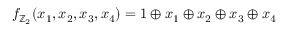
\begin{array} { r } { f _ { \mathbb { Z } _ { 2 } } ( x _ { 1 } , x _ { 2 } , x _ { 3 } , x _ { 4 } ) = 1 \oplus x _ { 1 } \oplus x _ { 2 } \oplus x _ { 3 } \oplus x _ { 4 } } \end{array}